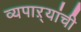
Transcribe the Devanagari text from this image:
व्यपाऱ्यांची